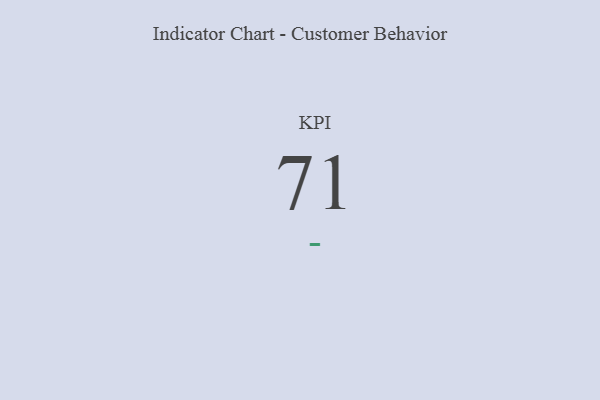
{"axis": {"x": "KPI", "y": "Value"}, "legend": [""], "data": [{"x": "KPI", "y": 71, "type": ""}]}